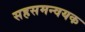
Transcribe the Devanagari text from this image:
सहसमन्वयक